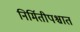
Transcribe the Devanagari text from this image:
निर्मितीपश्चात